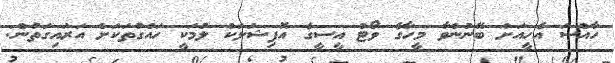
ހާއްސަ އެހީއަށް ބޭނުންވާ މީހާގެ ވޯޓް އީސީގެ އޮފިޝަލަކު ލުމަކީ ހައްގުތަކަށް އަރައިގަތުން: